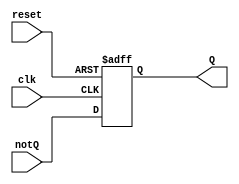
//simplified T flip_flop
`timescale 1ns/1ns
module SimpleTff(notQ,clk,reset,Q);
	
	input notQ,clk,reset;
	output Q;
	reg Q;
	
	always @(negedge reset or posedge clk)
	begin	
		if(!reset) Q<=1'b0;
		else Q<=notQ;
	end
	
endmodule